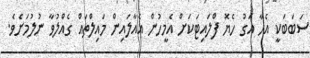
ސަބަބަކީ އެހާ އަގު ހެޔޮ ފްލައިޓަކަށް އެމީހުން އެއާލައިން މައިލްތައް ގެއްލުވާ ނުލުމަށެވެ.